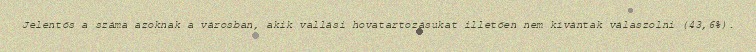
Jelentős a száma azoknak a városban, akik vallási hovatartozásukat illetően nem kívántak válaszolni (43,6%).